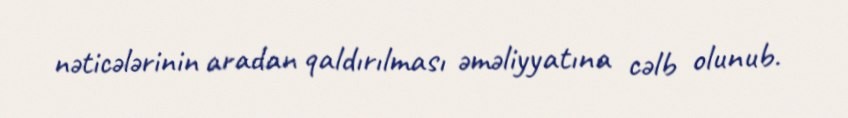
nəticələrinin aradan qaldırılması əməliyyatına cəlb olunub.